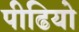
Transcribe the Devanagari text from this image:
पीढियो